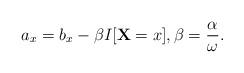
LaTeX: \begin{align*}a_x = b_x -\beta I[\mathbf{X}=x], \beta = \frac{\alpha}{\omega}.\end{align*}